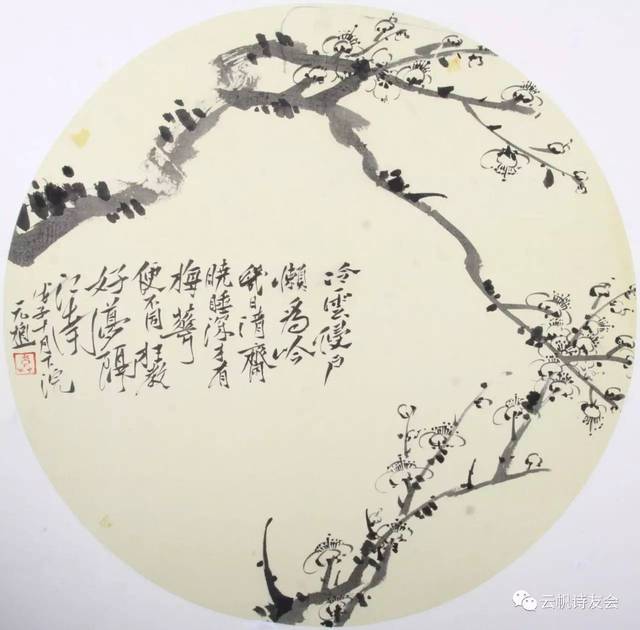
冰雪襟怀，琉璃世界，夜气清如许。